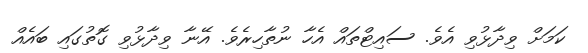
ކަމަށް ވިދާޅުވި އެވެ. ސައިޓްތައް އެހާ ނުތާހިރެވެ. އޭނާ ވިދާޅުވި ގޮތުގައި ބައެއް